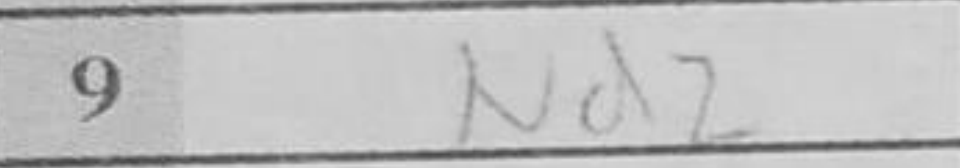
Transcription: Nd2